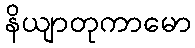
နိယျာတုကာမော